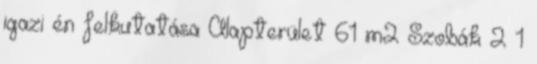
igazi én felkutatása Alapterület 61 m2 Szobák 2 1